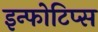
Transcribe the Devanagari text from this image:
इन्फोटिप्स